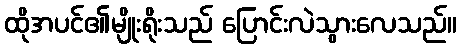
ထိုအပင်၏မျိုးရိုးသည် ပြောင်းလဲသွားလေသည်။